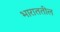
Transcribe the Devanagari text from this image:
भाराततील